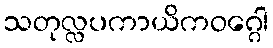
သတုလ္လပကာယိကဝဂ္ဂေါ